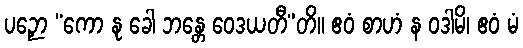
ပဉှော “ကော နု ခေါ ဘန္တေ ဝေဒယတီ”တိ။ ဧဝံ စာဟံ န ဝဒါမိ၊ ဧဝံ မံ